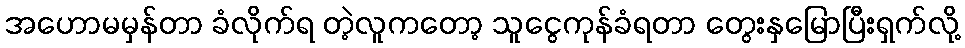
အဟောမမှန်တာ ခံလိုက်ရ တဲ့လူကတော့ သူငွေကုန်ခံရတာ တွေးနှမြောပြီးရှက်လို့